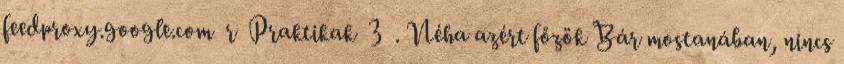
feedproxy.google.com r Praktikak 3 . Néha azért főzök Bár mostanában, nincs